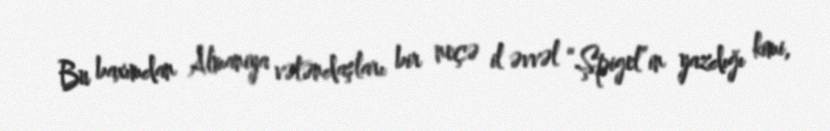
Bu baxımdan Almaniya vətəndaşları bir neçə il əvvəl “Şpigel”in yazdığı kimi,